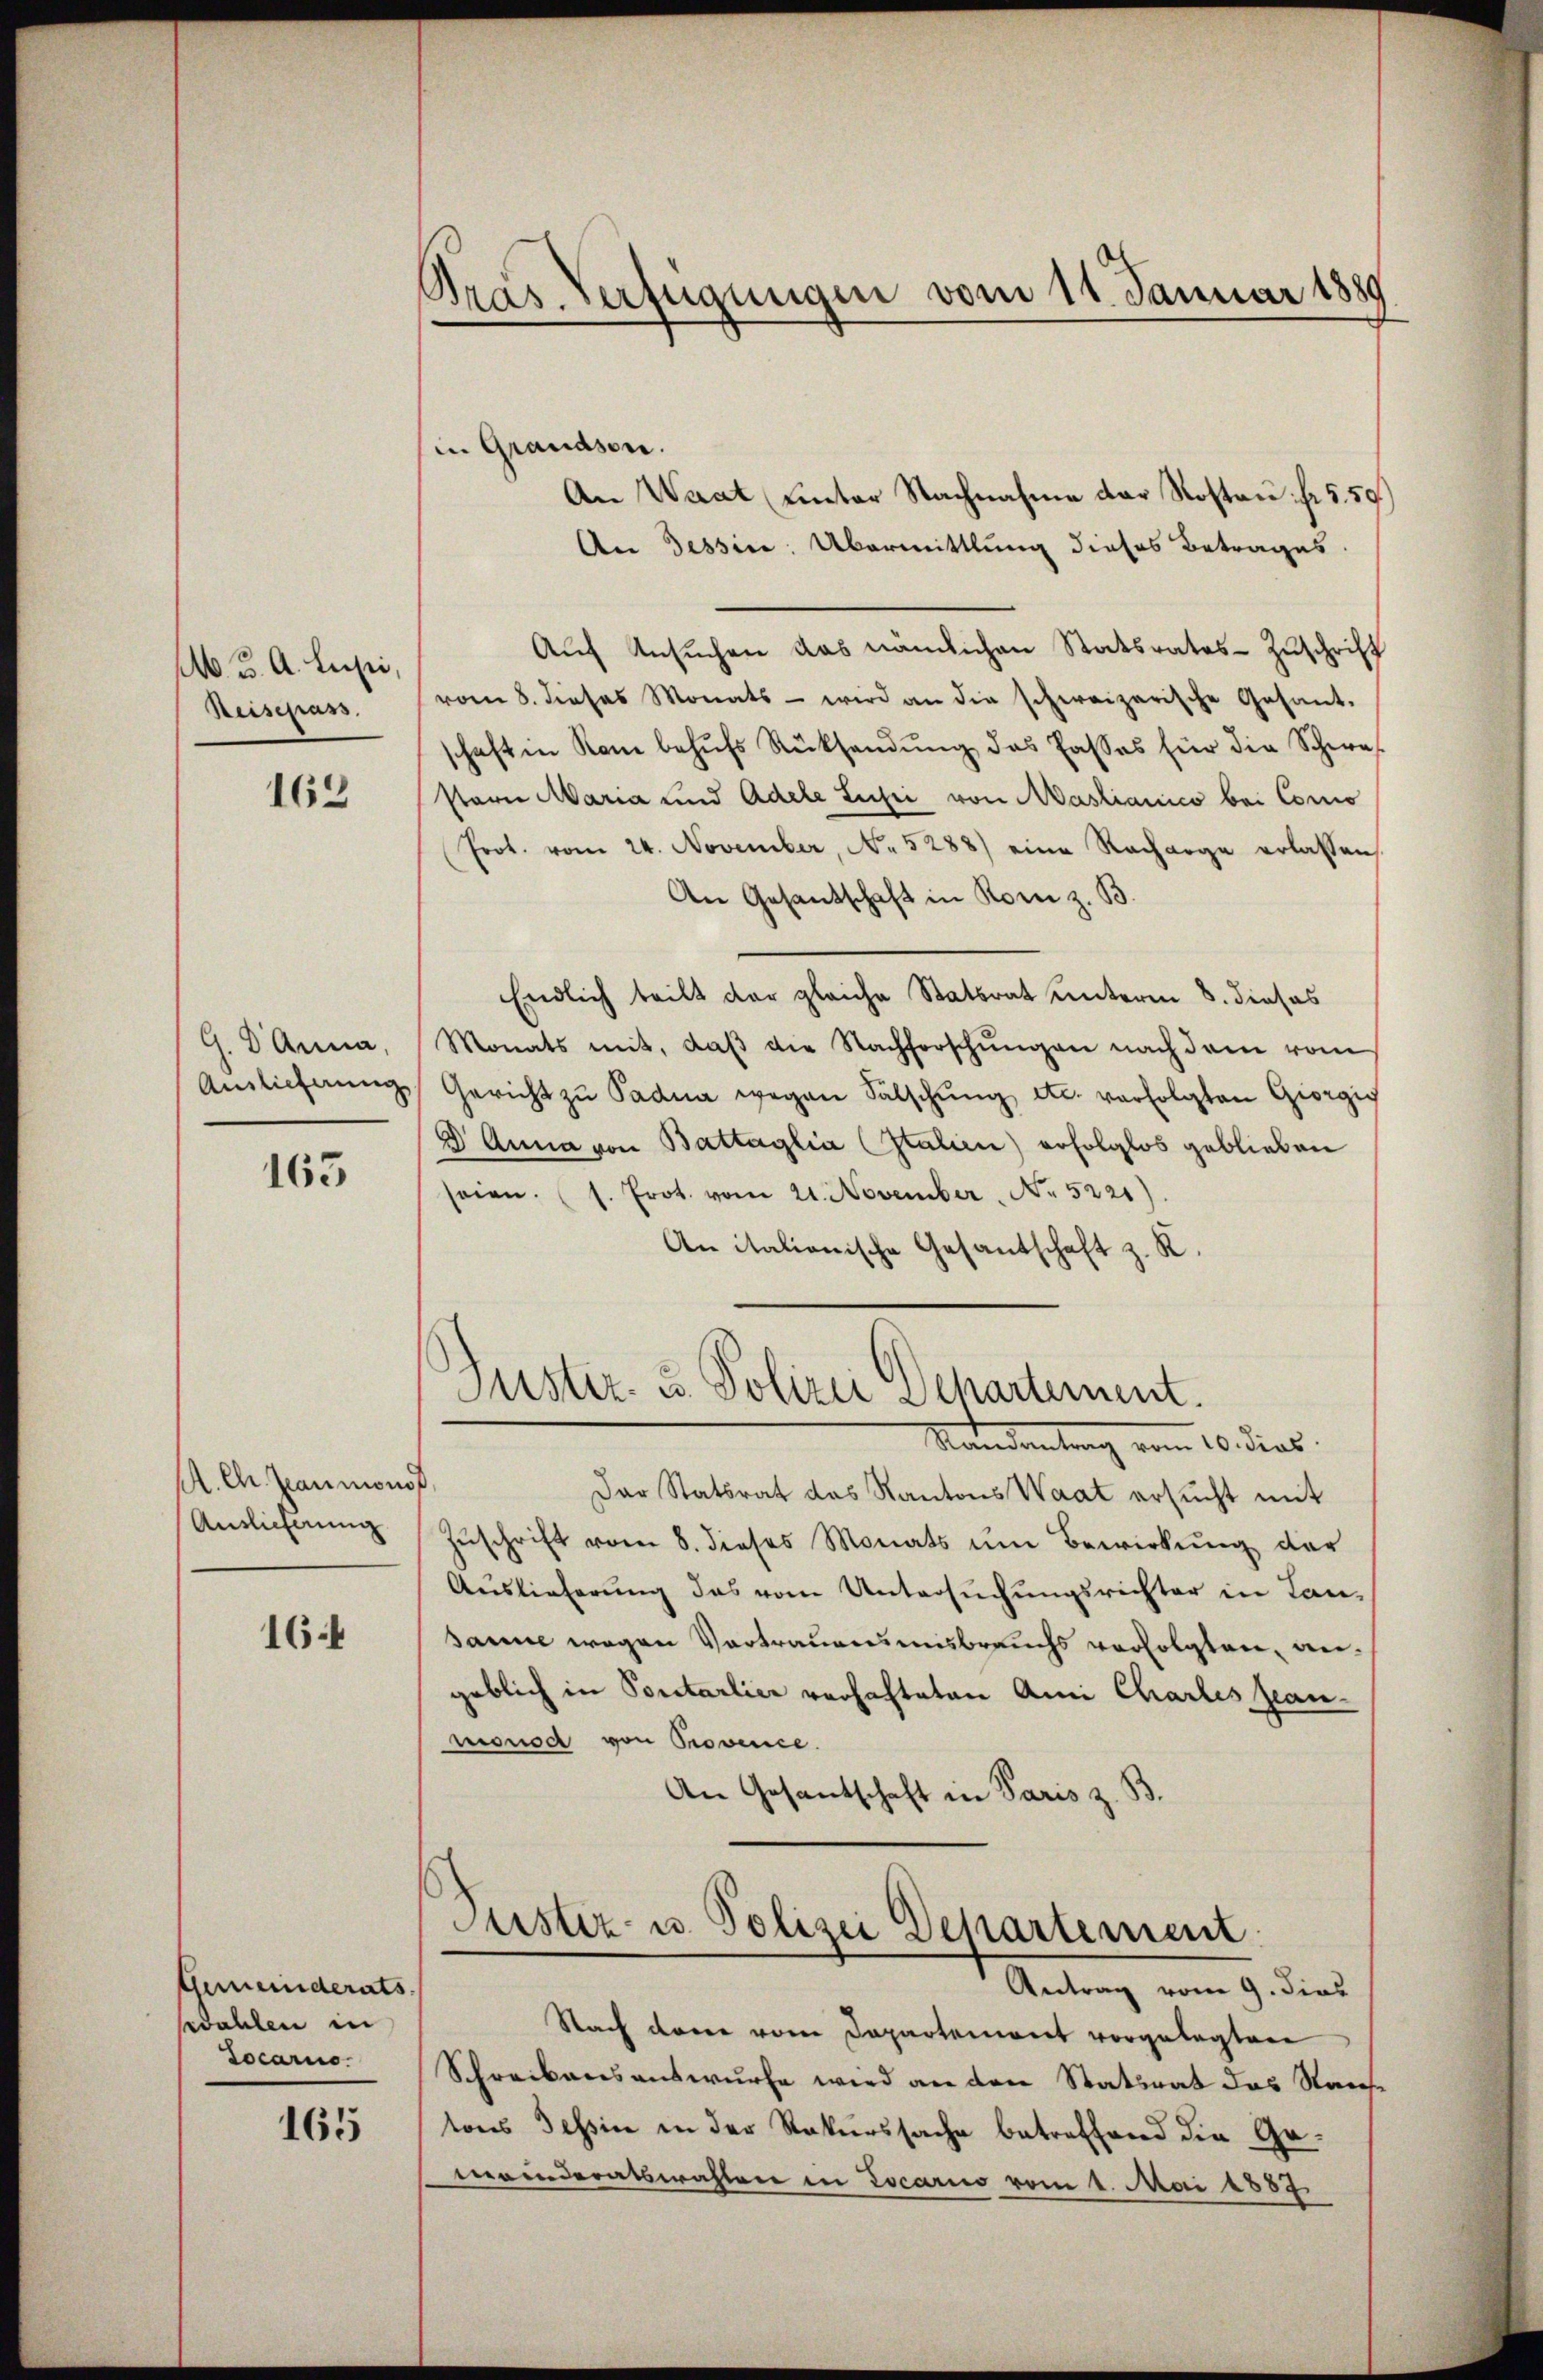
M. K. A. Lust,
Reisepass.

162

G. D Anna,
Auslieferung

163

A. Chr. Zeaumonof,
Auslieferung

164

Gemeinderats.
dahlen in
Socario.

165

Gras Verfügungen vom 11. Januar 1889

Justiz- u. Polizei Departement.

in Grandson.
An Waat unter Nachnahme der Rostau: Fr. 559.)
An Tessin: Übermittlung dieses Betrages
Auf Ansŭchen das nämlichen Statsrates Zuschrift
vom 8. dieses Monats - wird an die schweizerische Gesant-
schaft in Kam behŭfs Rücksendŭng das Passes für die Schwes
stern Maria und Adele Lusi von Mastianico bei Conco
Prot. vom 24. November, No. 5288) eine Racharge erlassen,
An Gesandschaft in Rom z. B.
Endlich teilt der gleiche Statsrat unterm 8. dieses
Monats mit, daβ die Nachforschŭngen nach dem vom
Gericht zu Padna wegen Sälschung etc. verfolgten Giorgig
D Anna von Battaglia (Italien) erfolglos geblieben
seien. (s. Prot. vom 21. November No. 5221).
An italionische Gesantschaft z. R.

Standantung vom 10. dies
Der Statsrat das Kantons Waat ersŭcht mit
Zŭschrift vom 8. dieses Monats ŭm Bewirkŭng der
Auslieferung das vom Untersuchungsrichter in Lan-
sanne wegen Vortrauensmisbrauchs verfolgten, angeblich in Portarlier verhafteten Ami Chartes Jean-
monod von Provence.
An Gesantschaft in Paris z. B.
Justiz- u. Polizei Departement
Antrag vom 9. dies
Nach darin vom Departeniret vorgelegten
Schreibensauswurfe wird an den Statsrat das Stauf
tons Tessin in der Rekurssache betreffend die Ge-
meinderatswahlen in Locario vom 1. Mai 1887